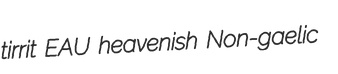
tirrit EAU heavenish Non-gaelic